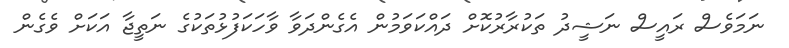
ނަމަވެސް ރައީސް ނަޝީދު ތަކުރާރުކޮށް ދައްކަވަމުން އެގެންދަވާ ވާހަކަފުޅުތަކުގެ ނަތީޖާ އަކަށް ވެގެން